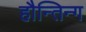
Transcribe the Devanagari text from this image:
हौन्तिन्ग